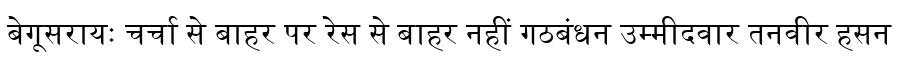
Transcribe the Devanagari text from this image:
बेगूसरायः चर्चा से बाहर पर रेस से बाहर नहीं गठबंधन उम्मीदवार तनवीर हसन